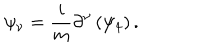
LaTeX: \psi _ { \nu } = \frac { i } { m } \partial ^ { \nu } \left( \psi _ { 4 } \right) .